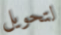
لتحويل